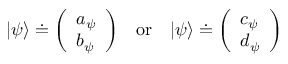
| \psi \rangle \doteq { \left( \begin{array} { l } { a _ { \psi } } \\ { b _ { \psi } } \end{array} \right) } \quad { \mathrm { o r } } \quad | \psi \rangle \doteq { \left( \begin{array} { l } { c _ { \psi } } \\ { d _ { \psi } } \end{array} \right) }